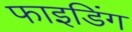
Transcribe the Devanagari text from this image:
फाइडिंग